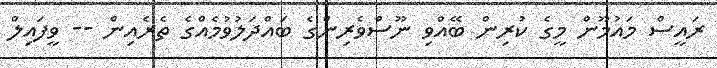
ރައީސް މައުމޫން މީގެ ކުރިން ބޭއްވި ނޫސްވެރިންގެ ބައްދަލުވުމެއްގެ ތެރެއިން -- ވީފައިލް